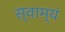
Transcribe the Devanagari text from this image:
स्वाम्यं